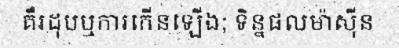
គឺរដុបឬការកើនឡើង; ទិន្នផលម៉ាស៊ីន